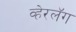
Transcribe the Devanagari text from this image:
व्हेरलॅग